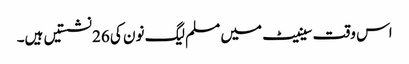
اس وقت سینیٹ میں مسلم لیگ نون کی 26 نشستیں ہیں۔